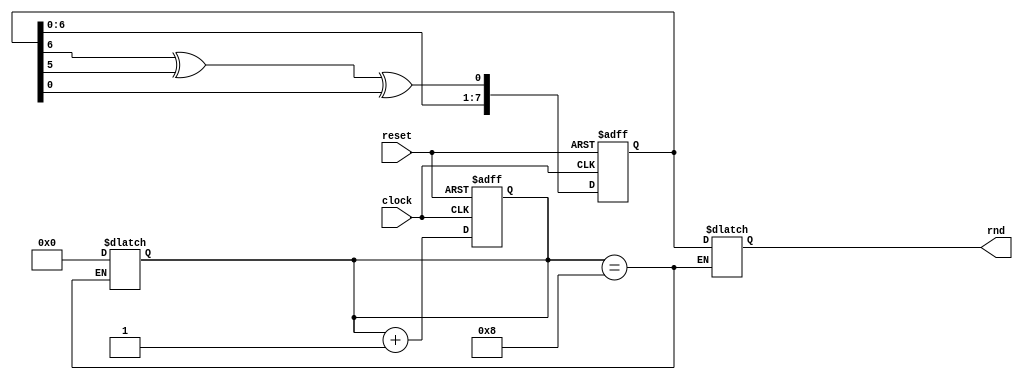
module LFSR (
    input clock,
    input reset,
    output [7:0] rnd 
    );
reg [7:0] random, random_next, random_done;
wire feedback = random[6] ^ random[5] ^ random[0]; 
reg [3:0] count, count_next; //to keep track of the shifts
 
always @ (posedge clock or posedge reset)
begin
 if (reset)
 begin
  random <= 8'hF; //An LFSR cannot have an all 0 state, thus reset to FF
  count <= 0;
 end
  
 else
 begin
  random <= random_next;
  count <= count_next;
 end
end
 
always @ (*)
begin
 random_next = random; //default state stays the same
 count_next = count;
   
  random_next = {random[6:0], feedback}; //shift left the xor'd every posedge clock
  count_next = count + 1;
 
 if (count == 8)
 begin
  count = 0;
  random_done = random; //assign the random number to output after 8 shifts
 end  
end
 
assign rnd = random_done;
//error e1 (random_done,rnd);
 
endmodule